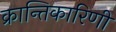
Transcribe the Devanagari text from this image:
क्रान्तिकारिणी